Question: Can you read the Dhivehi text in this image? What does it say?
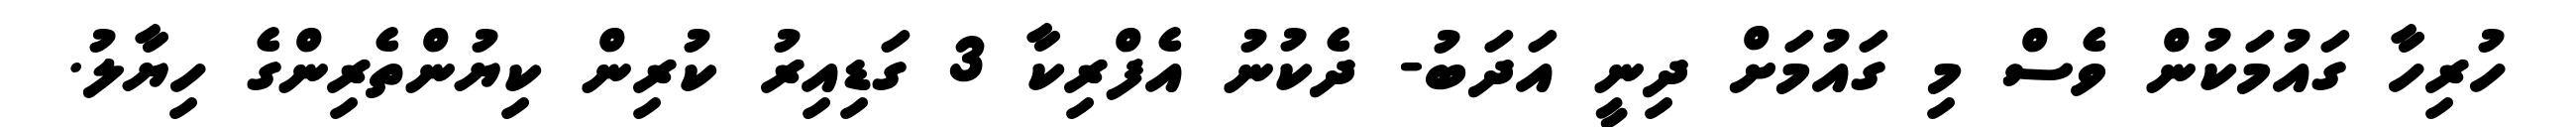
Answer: ހުރިހާ ގައުމަކުން ވެސް މި ގައުމަށް ދިނީ އަދަބު- ދެކުނު އެފްރިކާ 3 ގަޑިއިރު ކުރިން ކިޔުންތެރިންގެ ހިޔާލު.